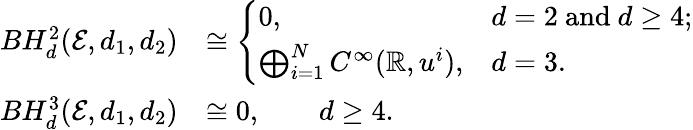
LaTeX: \begin{array}{rl}{BH_{d}^{2}(\mathcal{E},d_{1},d_{2})}&{\cong\left\{ \begin{array}{ll}{0,}&{d=2\mathrm{~and~}d\geq 4;}\\ {\bigoplus_{i=1}^{N}C^{\infty}(\mathbb{R},u^{i}),}&{d=3.}\end{array}\right.}\\ {BH_{d}^{3}(\mathcal{E},d_{1},d_{2})}&{\cong 0,\qquad d\geq 4.}\end{array}